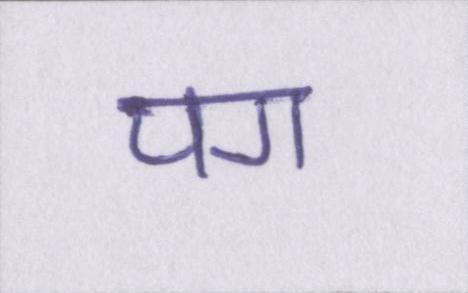
पग